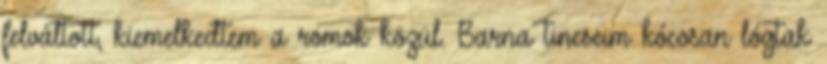
felváltott, kiemelkedtem a romok közül. Barna tincseim kócosan lógtak